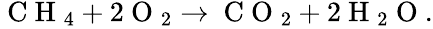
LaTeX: \begin{array}{r}{\mathrm{~C~H~}_{4}+2\mathrm{~O~}_{2}\rightarrow\mathrm{~C~O~}_{2}+2\mathrm{~H~}_{2}\mathrm{~O~}.}\end{array}